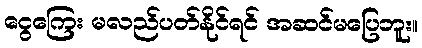
ငွေကြေး မလည်ပတ်နိုင်ရင် အဆင်မပြေဘူး။